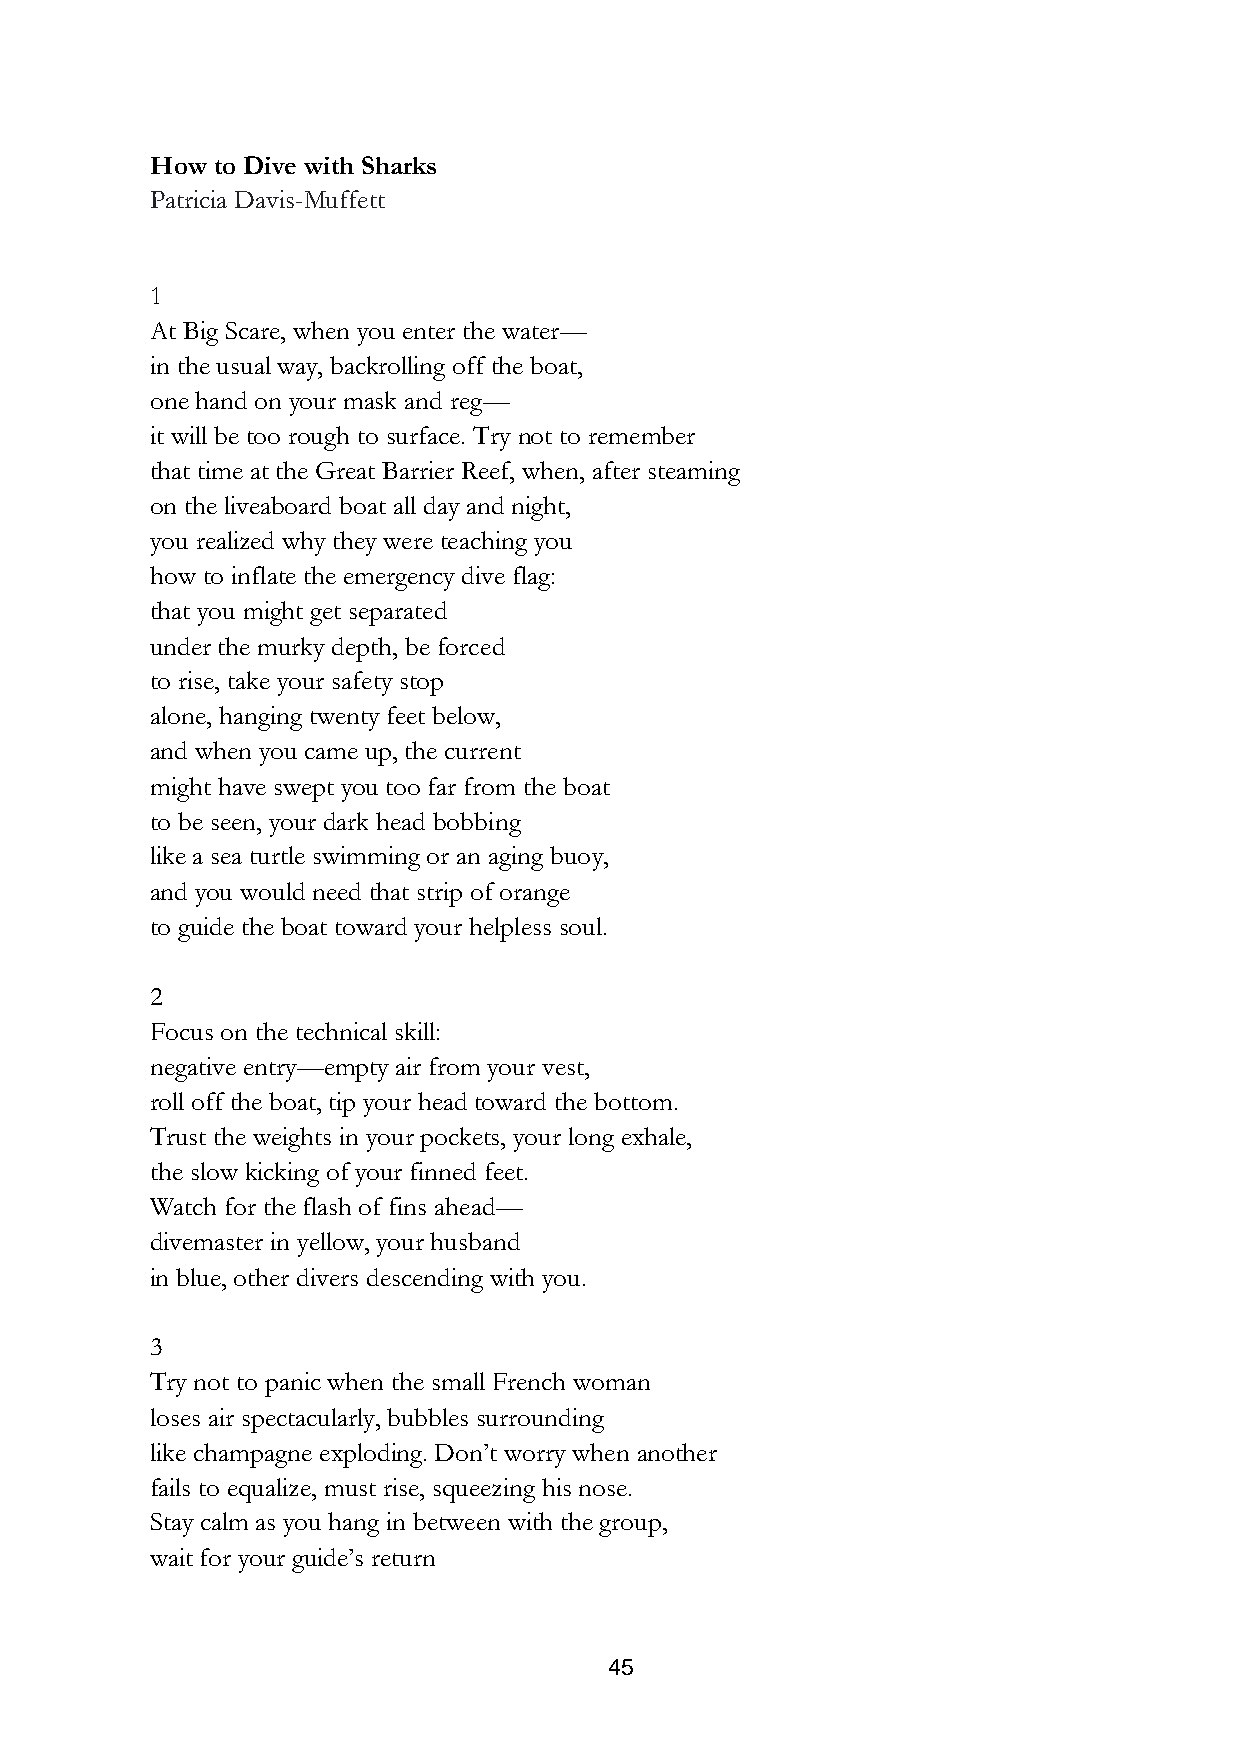
How to Dive with Sharks
 Patricia Davis-Muffett
 1
 At Big Scare, when you enter the water—
 in the usual way, backrolling off the boat,
 one hand on your mask and reg—
 it will be too rough to surface. Try not to remember
 that time at the Great Barrier Reef, when, after steaming
 on the liveaboard boat all day and night,
 you realized why they were teaching you
 how to inflate the emergency dive flag:
 that you might get separated
 under the murky depth, be forced
 to rise, take your safety stop
 alone, hanging twenty feet below,
 and when you came up, the current
 might have swept you too far from the boat
 to be seen, your dark head bobbing
 like a sea turtle swimming or an aging buoy,
 and you would need that strip of orange
 to guide the boat toward your helpless soul.
 2
 Focus on the technical skill:
 negative entry—empty air from your vest,
 roll off the boat, tip your head toward the bottom.
 Trust the weights in your pockets, your long exhale,
 the slow kicking of your finned feet.
 Watch for the flash of fins ahead—
 divemaster in yellow, your husband
 in blue, other divers descending with you.
 3
 Try not to panic when the small French woman
 loses air spectacularly, bubbles surrounding
 like champagne exploding. Don’t worry when another
 fails to equalize, must rise, squeezing his nose.
 Stay calm as you hang in between with the group,
 wait for your guide’s return
 45